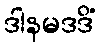
ဒါနမဒဒိံ